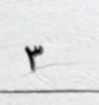
٣